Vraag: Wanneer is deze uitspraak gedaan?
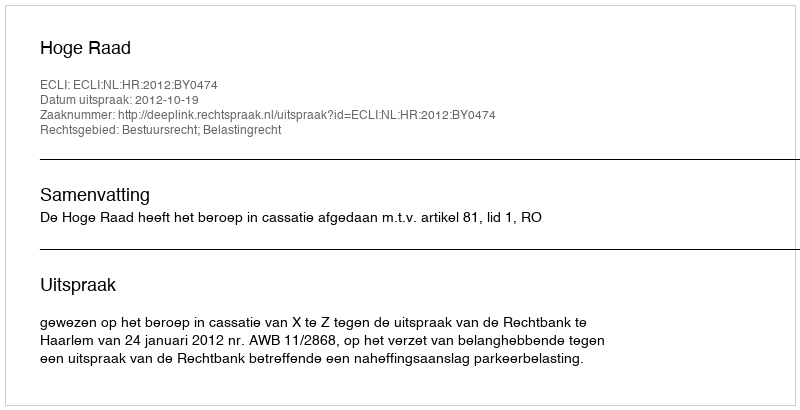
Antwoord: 2012-10-19